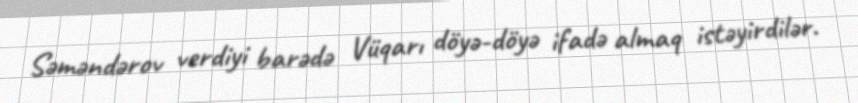
Səməndərov verdiyi barədə Vüqarı döyə-döyə ifadə almaq istəyirdilər.